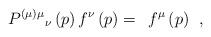
LaTeX: \begin{align*}P^{(\mu )\mu }{}_\nu \left( p\right) f^\nu \left( p\right)=\;\,f^\mu \left( p\right) \;\,,\end{align*}